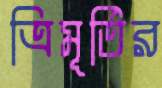
ত্রিমূর্তির